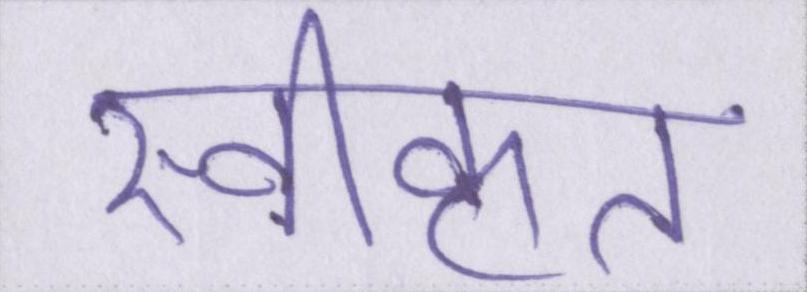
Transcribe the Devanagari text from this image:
स्वीकृत